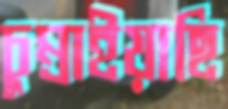
চুম্‌রাইয়াছি